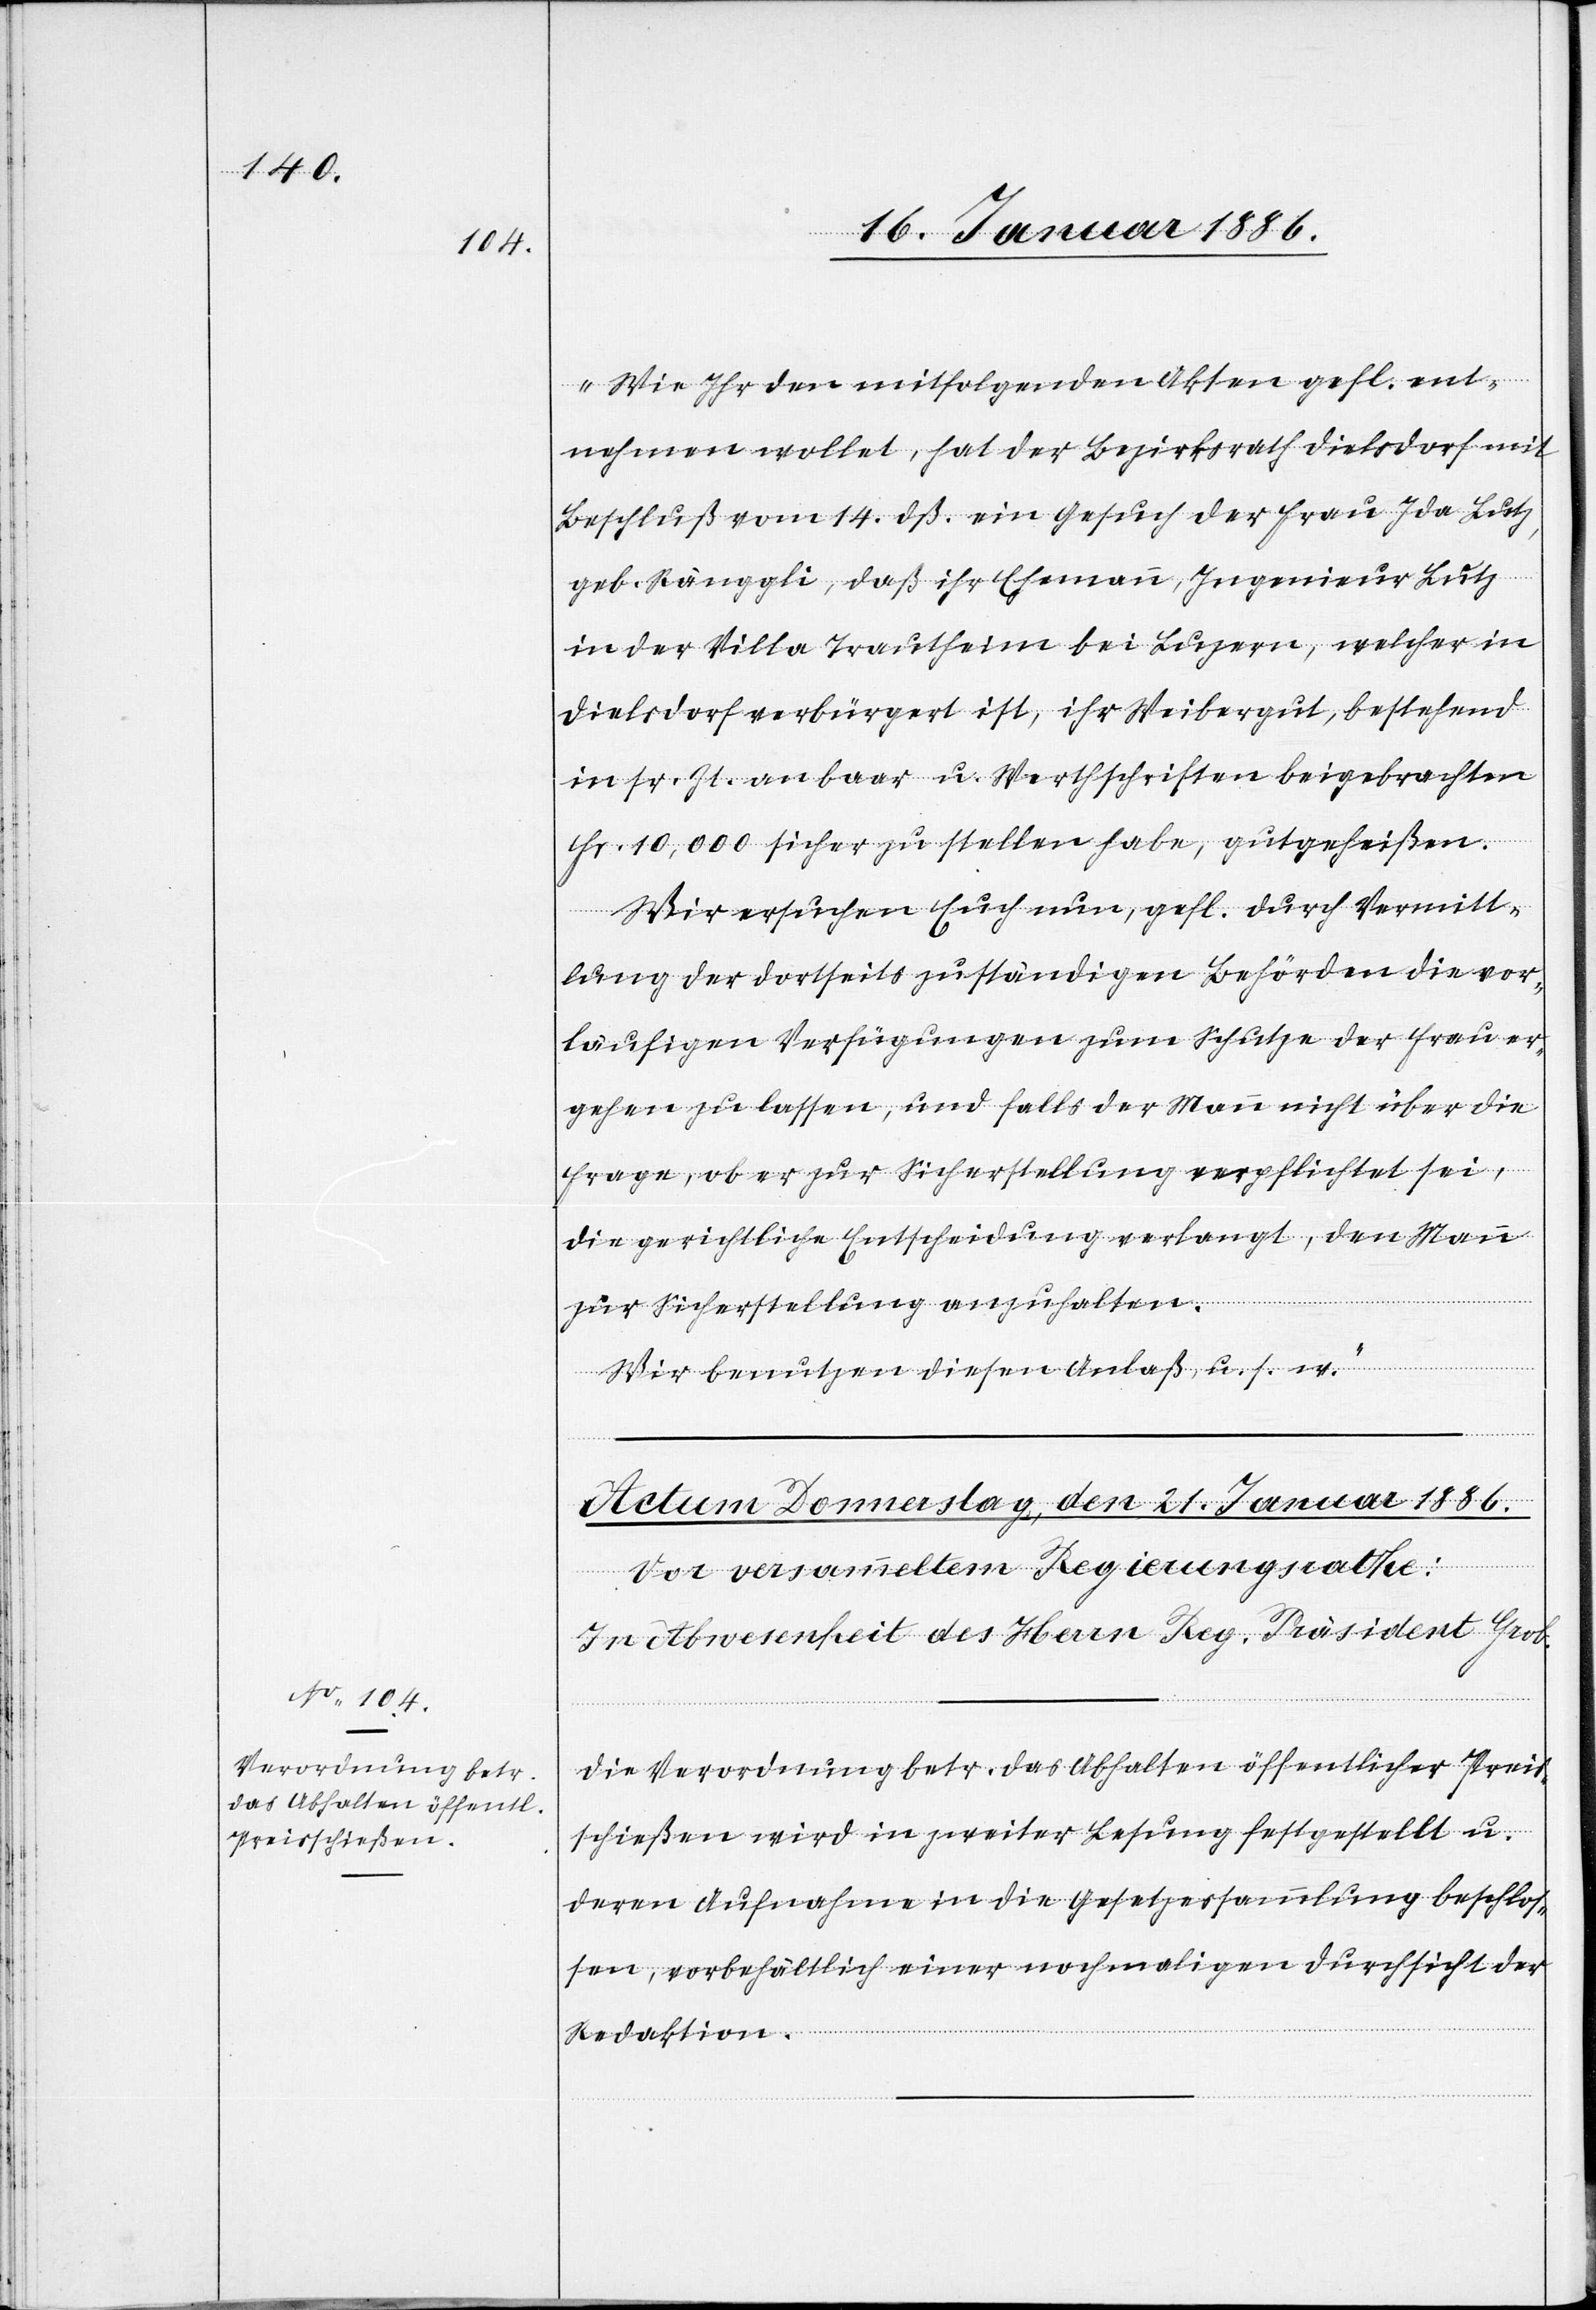
„Wie Ihr den mitfolgenden Akten gefl. ent¬
nehmen wollet, hat der Bezirksrath Dielsdorf mit
Beschluß vom 14. dß. ein Gesuch der Frau Ida Lutz,
geb. Ränggli, daß ihr Ehemann, Ingenieur Lutz
in der Villa Trautheim bei Luzern, welcher in
Dielsdorf verbürgert ist, ihr Weibergut, bestehend
in sr. Zt. an baar u. Wertschriften beigebrachten
Fr. 10,000 sicher zu stellen habe, gutgeheißen.
Wir ersuchen Euch nun, gefl. durch Vermitt¬
lung der diesseits zuständigen Behörden die vor¬
läufigen Verfügungen zum Schutze der Frau er¬
gehen zu lassen, und falls der Mann nicht über die
Frage, ob er zur Sicherstellung verpflichtet sei,
die gerichtliche Entscheidung verlangt, den Mann
zur Sicherstellung anzuhalten.
Wir benutzen diesen Anlaß, u. s. w.“
Die Verordnung betr. das Abhalten öffentlicher Preis¬
schießen wird in zweiter Lesung festgestellt u.
deren Aufnahme in diese Gesetzessammlung beschlos¬
sen, vorbehältlich einer nochmaligen Durchsicht der
Redaktion.